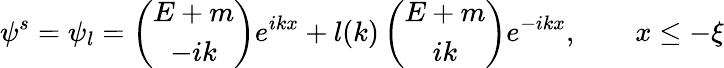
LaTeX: \psi^{s}=\psi_{l}=\left(\begin{array}{c}{{E+m}}\\ {{-ik}}\end{array}\right)e^{ikx}+l(k)\left(\begin{array}{c}{{E+m}}\\ {{ik}}\end{array}\right)e^{-ikx},\qquad x\leq-\xi